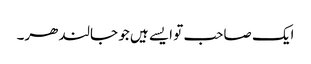
ایک صاحب تو ایسے ہیں جو جالندھر۔